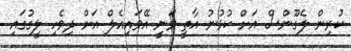
ކުރިން ލެގޫންސް އަށް ކުޅުނު އާތީ ވަނީ އޭވައިއެލް އަށް ދިވެހި ލީގުގައި